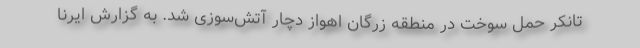
تانکر حمل سوخت در منطقه زرگان اهواز دچار آتش‌سوزی شد. به گزارش ایرنا